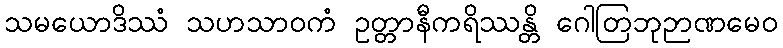
သမယောဒိဿံ သဟသာဝကံ ဥတ္တာနီကရိဿန္တိ ဂေါတြဘုဉာဏမေဝ